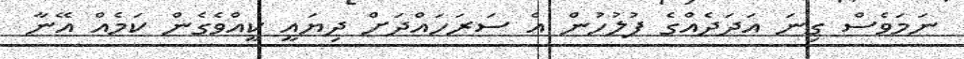
ނަމަވެސް ގިނަ އަދަދެއްގެ ފުލުހުން އެ ސަރަހައްދަށް ދިޔައީ ކީއްވެގެން ކަމެއް އޭނާ